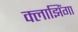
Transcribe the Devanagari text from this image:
क्लाझिंगा